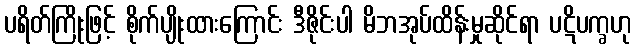
ပရိတ်ကြိုးဖြင့် စိုက်ပျိုးထားကြောင်း ဒီဇိုင်းပါ မိဘအုပ်ထိန်းမှုဆိုင်ရာ ပဋိပက္ခဟု